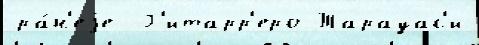
ра́н'еjе  Г'итарр'еро Тарауас'и